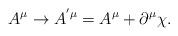
LaTeX: \begin{align*}A^\mu \rightarrow A^{^{\prime }\mu }=A^\mu +\partial ^\mu \chi .\end{align*}